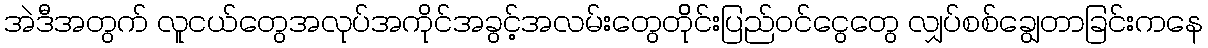
အဲဒီအတွက် လူငယ်တွေအလုပ်အကိုင်အခွင့်အလမ်းတွေတိိုင်းပြည်ဝင်ငွေတွေ လျှပ်စစ်ချွေတာခြင်းကနေ